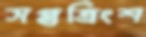
সপ্তত্রিংশ